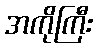
အကိုကြီး